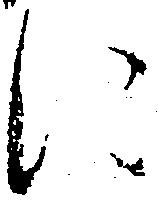
に